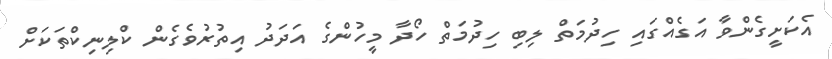
އެކަށީގެންވާ އަގެއްގައި ހިދުމަތް ލިބި ހިދުމަތް ހޯދާ މީހުންގެ އަދަދު އިތުރުވެގެން ކްލިނިކްތަކަށް